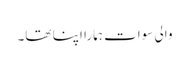
والیِ سوات ہمارا اپنا تھا۔